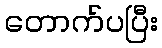
တောက်ပပြီး